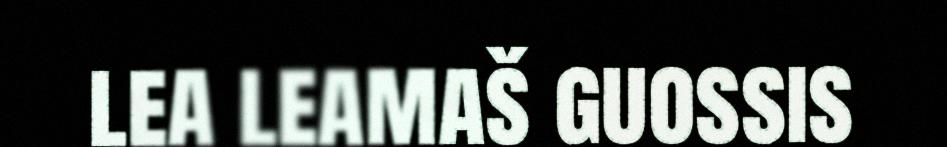
lea leamaš guossis